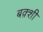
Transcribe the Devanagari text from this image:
बक़्शी